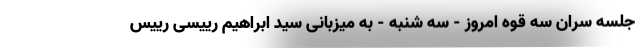
جلسه سران سه قوه امروز - سه شنبه - به میزبانی سید ابراهیم رییسی رییس